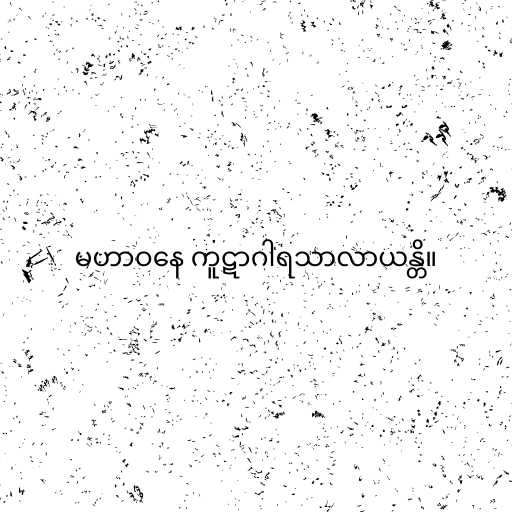
မဟာဝနေ ကူဋာဂါရသာလာယန္တိ။